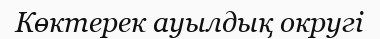
Көктерек ауылдық округі